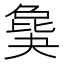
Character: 𣬎